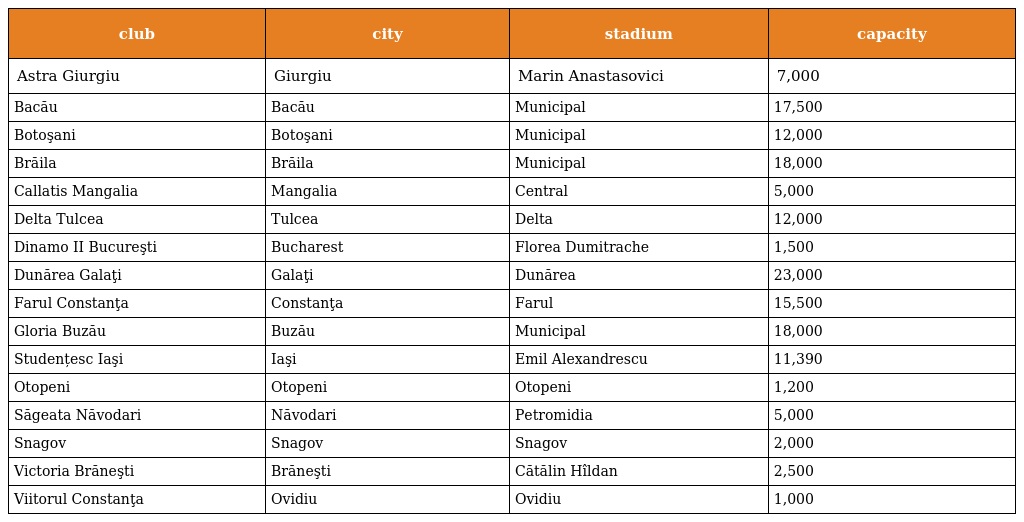
| club | city | stadium | capacity |
 | --- | --- | --- | --- |
 | Astra Giurgiu | Giurgiu | Marin Anastasovici | 7,000 |
 | Bacău | Bacău | Municipal | 17,500 |
 | Botoşani | Botoşani | Municipal | 12,000 |
 | Brăila | Brăila | Municipal | 18,000 |
 | Callatis Mangalia | Mangalia | Central | 5,000 |
 | Delta Tulcea | Tulcea | Delta | 12,000 |
 | Dinamo II Bucureşti | Bucharest | Florea Dumitrache | 1,500 |
 | Dunărea Galaţi | Galaţi | Dunărea | 23,000 |
 | Farul Constanţa | Constanţa | Farul | 15,500 |
 | Gloria Buzău | Buzău | Municipal | 18,000 |
 | Studențesc Iaşi | Iaşi | Emil Alexandrescu | 11,390 |
 | Otopeni | Otopeni | Otopeni | 1,200 |
 | Săgeata Năvodari | Năvodari | Petromidia | 5,000 |
 | Snagov | Snagov | Snagov | 2,000 |
 | Victoria Brăneşti | Brăneşti | Cătălin Hîldan | 2,500 |
 | Viitorul Constanţa | Ovidiu | Ovidiu | 1,000 |